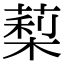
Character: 䔧